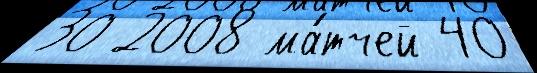
30 2008 ма́тчей 40